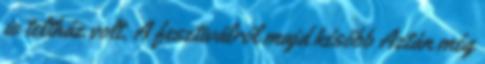
is teltház volt. A fesztiválról majd később Aztán még